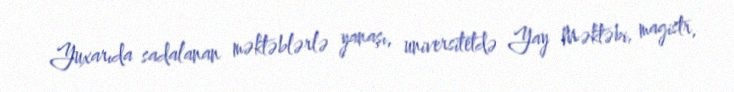
Yuxarıda sadalanan məktəblərlə yanaşı, universitetdə Yay Məktəbi, magistr,